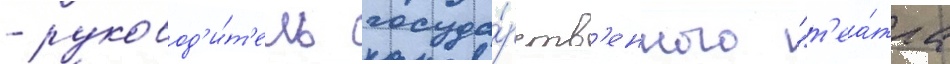
- руковод'и́т'ель госуда́рств'енного "т'еа́тра